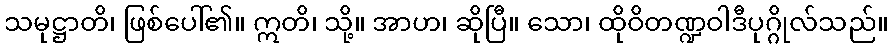
သမုဋ္ဌာတိ၊ ဖြစ်ပေါ်၏။ ဣတိ၊ သို့။ အာဟ၊ ဆိုပြီ။ သော၊ ထိုဝိတဏ္ဍဝါဒီပုဂ္ဂိုလ်သည်။